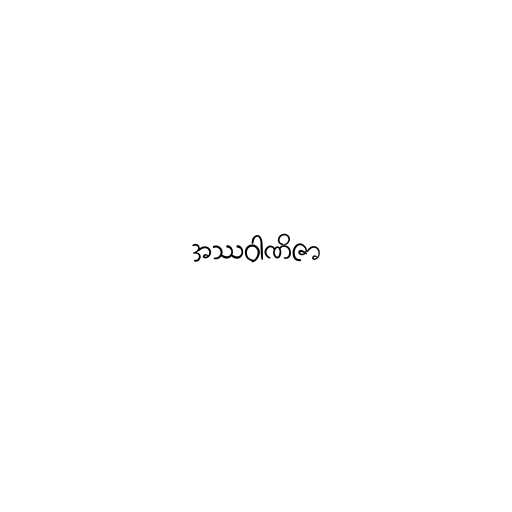
အဿဝါဏိဇာ